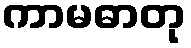
ကာမဓာတု